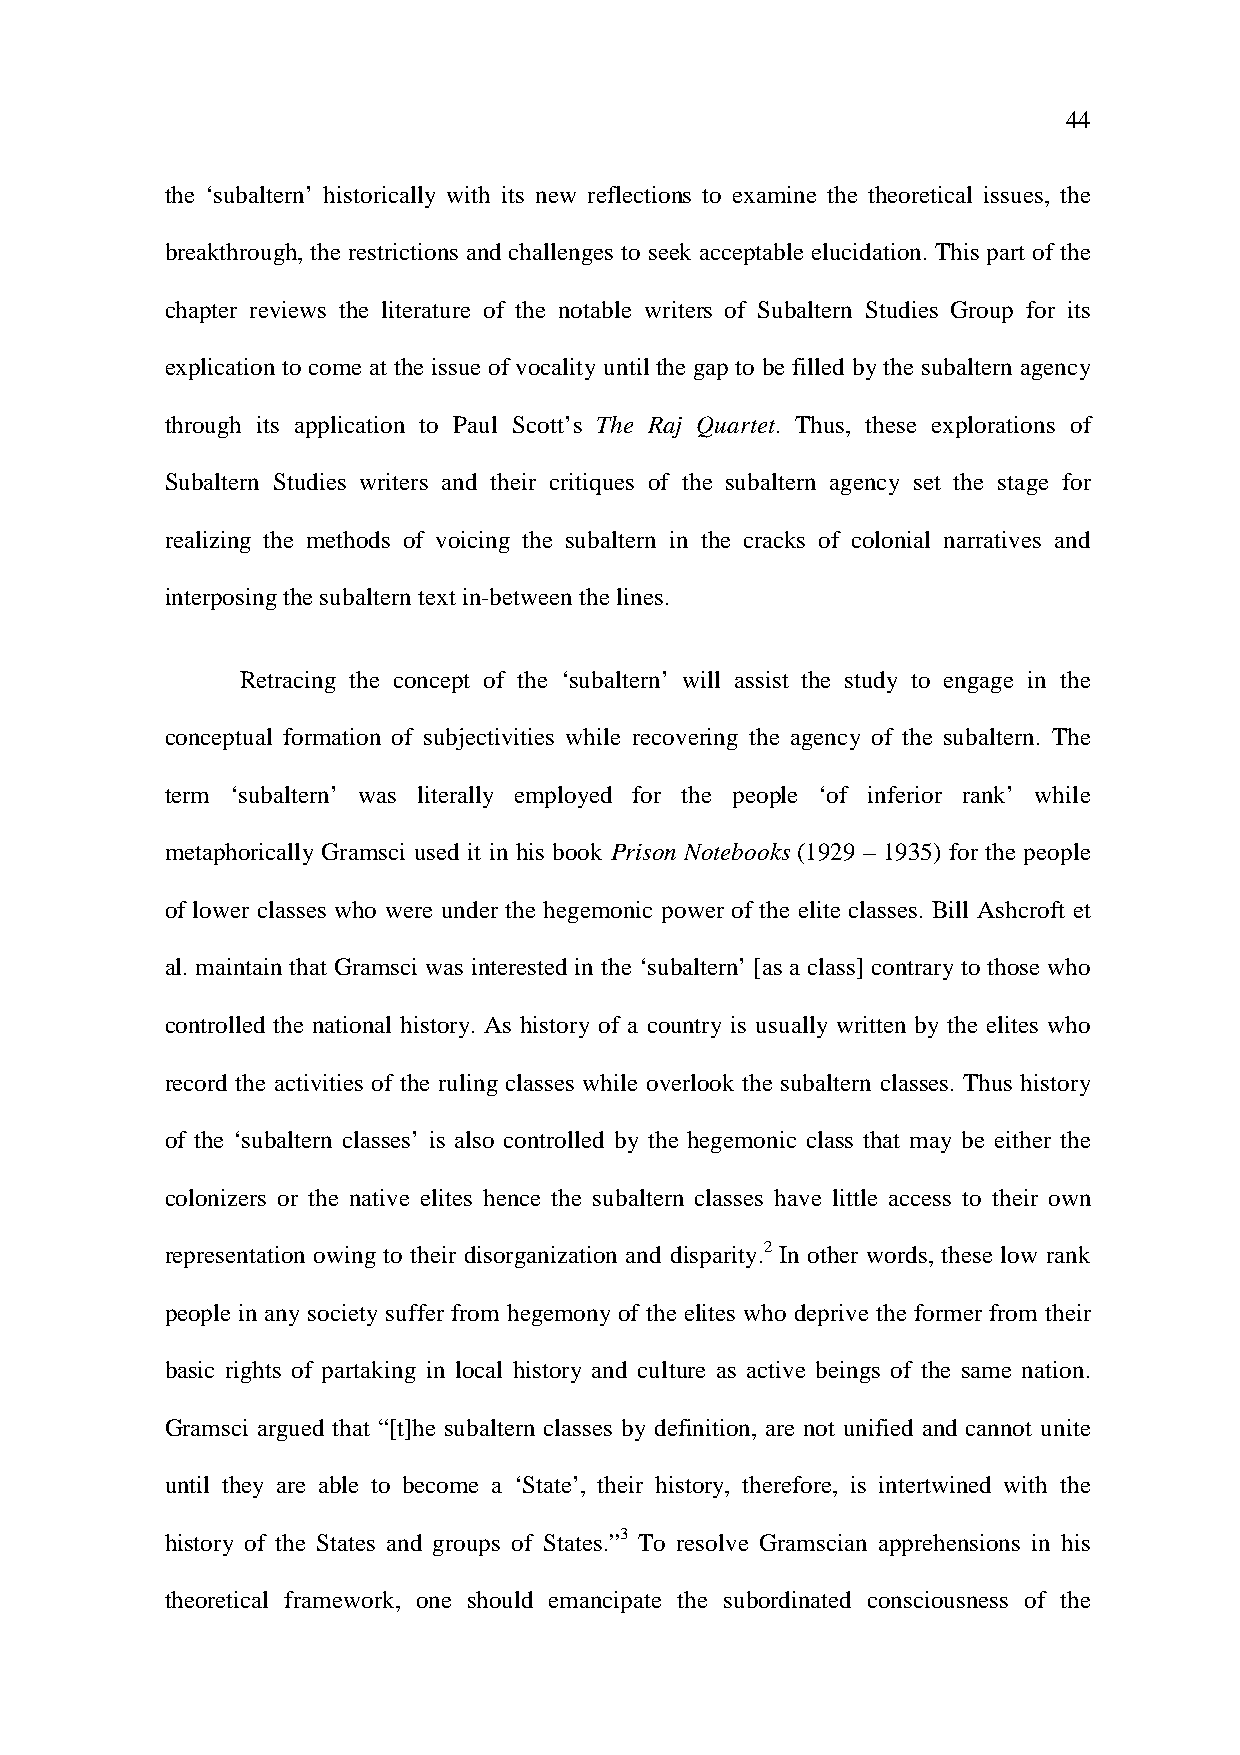
44
 the ‘subaltern’ historically with its new reflections to examine the theoretical issues, the
 breakthrough, the restrictions and challenges to seek acceptable elucidation. This part of the
 chapter reviews the literature of the notable writers of Subaltern Studies Group for its
 explication to come at the issue of vocality until the gap to be filled by the subaltern agency
 through its application to Paul Scott’s The Raj Quartet. Thus, these explorations of
 Subaltern Studies writers and their critiques of the subaltern agency set the stage for
 realizing the methods of voicing the subaltern in the cracks of colonial narratives and
 interposing the subaltern text in-between the lines.
 Retracing the concept of the ‘subaltern’ will assist the study to engage in the
 conceptual formation of subjectivities while recovering the agency of the subaltern. The
 term ‘subaltern’ was literally employed for the people ‘of inferior rank’ while
 metaphorically Gramsci used it in his book Prison Notebooks (1929 – 1935) for the people
 of lower classes who were under the hegemonic power of the elite classes. Bill Ashcroft et
 al. maintain that Gramsci was interested in the ‘subaltern’ [as a class] contrary to those who
 controlled the national history. As history of a country is usually written by the elites who
 record the activities of the ruling classes while overlook the subaltern classes. Thus history
 of the ‘subaltern classes’ is also controlled by the hegemonic class that may be either the
 colonizers or the native elites hence the subaltern classes have little access to their own
 representation owing to their disorganization and disparity.2 In other words, these low rank
 people in any society suffer from hegemony of the elites who deprive the former from their
 basic rights of partaking in local history and culture as active beings of the same nation.
 Gramsci argued that “[t]he subaltern classes by definition, are not unified and cannot unite
 until they are able to become a ‘State’, their history, therefore, is intertwined with the
 history of the States and groups of States.”3 To resolve Gramscian apprehensions in his
 theoretical framework, one should emancipate the subordinated consciousness of the